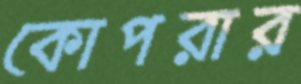
কোপরার